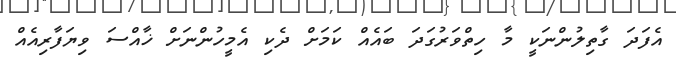
އެފަދަ ގާތިލުންނަކީ މާ ހިތްވަރުގަދަ ބައެއް ކަމަށް ދެކި އެމީހުންނަށް ޚާއްސަ ވިޔަފާރިއެއް